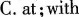
C.at;with